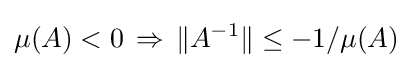
\mu (A)<0\,\Rightarrow \,\|A^{-1}\|\leq -1/\mu (A)